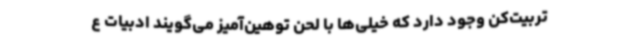
تربیت‌کن وجود دارد که خیلی‌ها با لحن توهین‌آمیز می‌گویند ادبیات ع